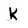
Character: k